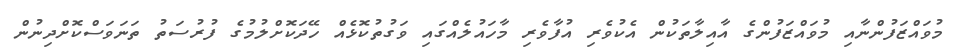
މުވައްޒަފުންނާއި މުވައްޒަފުންގެ އާއިލާތަކުން އެކުވެރި އުފާވެރި މާހައުލެއްގައި ވަގުތުކޮޅެއް ހޭދަކޮށްލުމުގެ ފުރުސަތު ތަނަވަސްކޮށްދިނުން